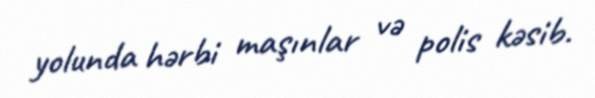
yolunda hərbi maşınlar və polis kəsib.